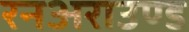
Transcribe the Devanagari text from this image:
रनअराउण्ड